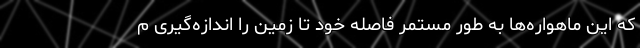
که این ماهواره‌ها به طور مستمر فاصله خود تا زمین را اندازه‌گیری م